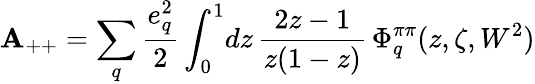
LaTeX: \mathbf{A}_{++}=\sum_{q}\frac{{e_{q}^{2}}}{{2}}\int_{0}^{1}\! dz\, {\frac{{2z-1}}{{z(1-z)}}}\, \Phi_{q}^{\pi\pi}(z,\zeta,W^{2})